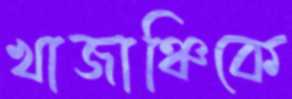
খাজাঞ্চিকে